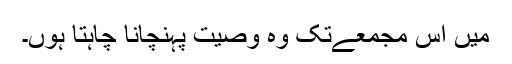
میں اس مجمعےتک وہ وصیت پہنچانا چاہتا ہوں۔